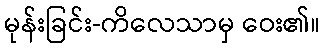
မုန်းခြင်း-ကိလေသာမှ ဝေး၏။